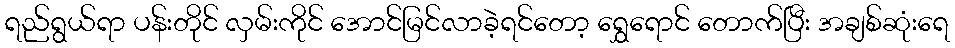
ရည်ရွယ်ရာ ပန်းတိုင် လှမ်းကိုင် အောင်မြင်လာခဲ့ရင်တော့ ရွှေရောင် တောက်ပြီး အချစ်ဆုံးရေ